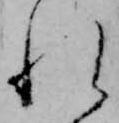
れ